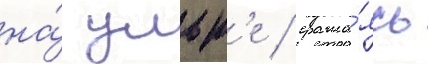
на́ ульк'е / сража́ясь